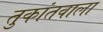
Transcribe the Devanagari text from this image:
तुकांतवाला